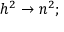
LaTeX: h ^ { 2 } \to n ^ { 2 } ;